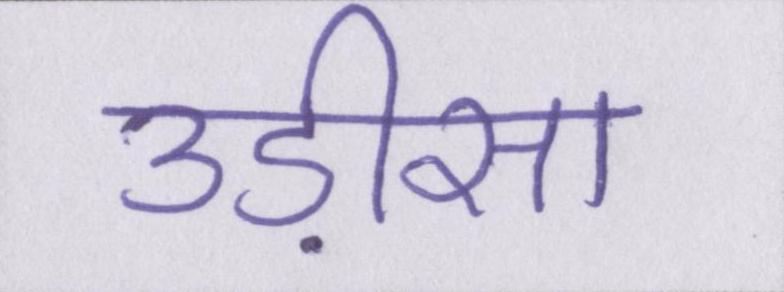
उड़ीसा